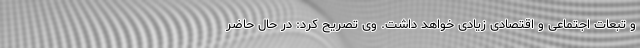
و تبعات اجتماعی و اقتصادی زیادی خواهد داشت. وی تصریح کرد: در حال حاضر